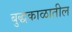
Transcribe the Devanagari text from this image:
बुद्धकाळातील